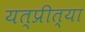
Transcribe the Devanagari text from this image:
यत्प्रीत्या